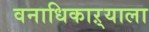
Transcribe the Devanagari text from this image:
वनाधिकाऱ्याला